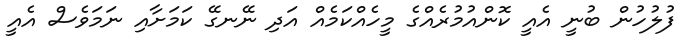
ފުލުހުން ބުނީ އެއީ ކޮންއުމުރެއްގެ މީހެއްކަމެއް އަދި ނޭނގޭ ކަމަށާއި ނަމަވެސް އެއީ